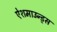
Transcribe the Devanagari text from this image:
ऐशमाउन्ड्स